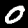
Label: 0